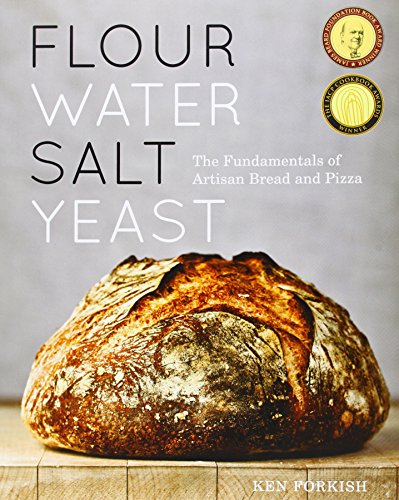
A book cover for Flour Water Salt Yeast: The Fundamentals of Artisan Bread and Pizza; Ken Forkish; Cookbooks, Food & Wine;